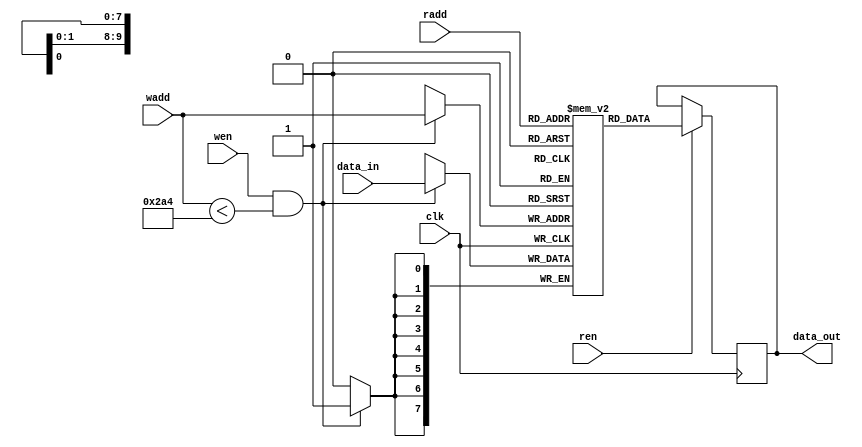
`timescale 1ns / 1ps
//////////////////////////////////////////////////////////////////////////////////
// Company: 
// Engineer: 
// 
// Design Name: 
// Module Name: memory_rstl_conv
// Project Name: 
// Target Devices: 
// Tool Versions: 
// Description: 
// 
// Dependencies: 
// 
// Revision:
// Revision 0.01 - File Created
// Additional Comments:
// 
//////////////////////////////////////////////////////////////////////////////////


module memory_rstl_conv
#(
//Convolution
parameter addressWidthConv=10, dataWidthConv=16,

parameter n_c = 5'd28,  //number of column matrix image 
parameter n_r = 5'd28,  //number of rows matrix image 
parameter col_fil = 5'd3, //number of columns of filter
parameter row_fil = 5'd3, //number of rows of filter
                       
parameter s0 = 4'b0000, s1 = 4'b0001, s2 = 4'b0010, s3 = 4'b0011, s4 = 4'b0100,
parameter s5 = 4'b0101, s6 = 4'b0110, s7 = 4'b0111, s8 = 4'b1000, s9 = 4'b1001,
parameter s10 = 4'b1010, s11 = 4'b1011, s12 = 4'b1100, s13 = 4'b1101, s14 = 4'b1110,
           

parameter pwd = "/home/javier/Documents/fpga_implementations_of_neural_networks/CNN/02_hardware/01_test_vivado/04_convolution/04_convolution.srcs/sources_1/new/rstl_conv2.txt",


//counter for memory of result of convolution
parameter counterWidth= 10,


//memory filter
parameter numWeightFilter = 10, addressWidthFilter=4, dataWidthFilter=16,
parameter weightFileFilter="/home/javier/Documents/fpga_implementations_of_neural_networks/CNN/02_hardware/01_test_vivado/project_7/project_7.srcs/sources_1/new/filter1.txt",
   
//memory image
parameter numWeightImg = 784, 
parameter addressWidthImg=10, dataWidthImg= 16,
parameter weightFileImg="/home/javier/Documents/fpga_implementations_of_neural_networks/CNN/02_hardware/01_test_vivado/project_7/project_7.srcs/sources_1/new/image.mem",
      
//quantization
parameter q = 64'd2014687024, //q = 31'b1111000000101011010111100110000
parameter mask = 8'd255,
parameter zero = 1'd0,
parameter one = 1'd1,
parameter offset_ent = 6,
parameter offset_sor = -1,
	
	
//memory_rstl_conv
parameter numWeightRstlConv = 676,
parameter addressWidthRstlConv=10, 
parameter dataWidthRstlConv=8

)


( 
    input clk,
    input wen,
    input ren,
    input [addressWidthRstlConv-1:0] wadd,
    input [addressWidthRstlConv-1:0] radd,
    input signed [dataWidthRstlConv-1:0] data_in,
    output reg [dataWidthRstlConv-1:0] data_out
);
    
    reg [dataWidthRstlConv-1:0] mem [numWeightRstlConv-1:0];


    always @(posedge clk)
	begin
	   if (wen & (wadd < numWeightRstlConv))
	   begin
	       mem[wadd] <= data_in;
	       $display("wadd, %d",wadd,data_in); 

	   end
	end 

    
    always @(posedge clk)
    begin
        if (ren)
        begin
            data_out <= mem[radd];
        end
    end 
endmodule